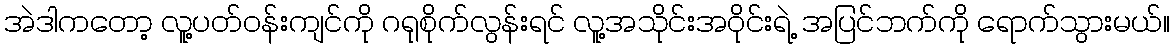
အဲဒါကတော့ လူ့ပတ်ဝန်းကျင်ကို ဂရုစိုက်လွန်းရင် လူ့အသိုင်းအဝိုင်းရဲ့ အပြင်ဘက်ကို ရောက်သွားမယ်။